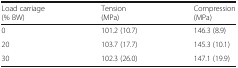
| Load carriage(% BW) | Tension(MPa) | Compression(MPa) |
 | --- | --- | --- |
 | 0 | 101.2 (10.7) | 146.3 (8.9) |
 | 20 | 103.7 (17.7) | 145.3 (10.1) |
 | 30 | 102.3 (26.0) | 147.1 (19.9) |